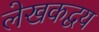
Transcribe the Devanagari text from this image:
लेखकद्वय